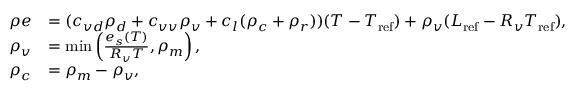
\begin{array} { r l } { \rho e } & { = ( c _ { v d } \rho _ { d } + c _ { v v } \rho _ { v } + c _ { l } ( \rho _ { c } + \rho _ { r } ) ) ( T - T _ { \mathrm { r e f } } ) + \rho _ { v } ( L _ { \mathrm { r e f } } - R _ { v } T _ { \mathrm { r e f } } ) , } \\ { \rho _ { v } } & { = \operatorname* { m i n } \left( \frac { e _ { s } ( T ) } { R _ { v } T } , \rho _ { m } \right) , } \\ { \rho _ { c } } & { = \rho _ { m } - \rho _ { v } , } \end{array}